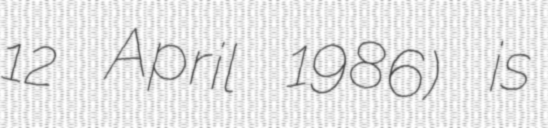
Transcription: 12 April 1986) is